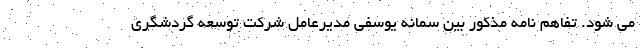
می شود. تفاهم نامه مذکور بین سمانه یوسفی مدیرعامل شرکت توسعه گردشگری